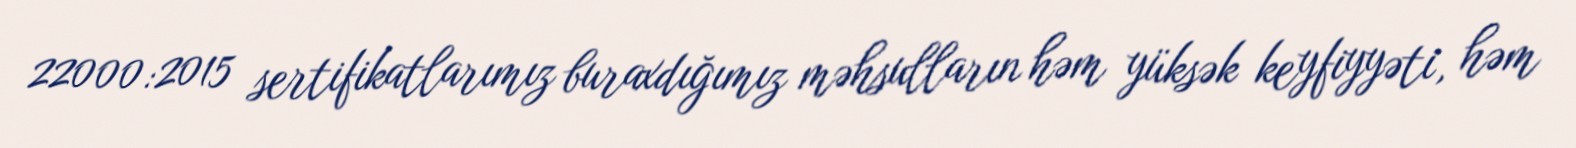
22000:2015 sertifikatlarımız buraxdığımız məhsulların həm yüksək keyfiyyəti, həm